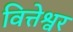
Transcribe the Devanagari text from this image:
वित्तेश्वर